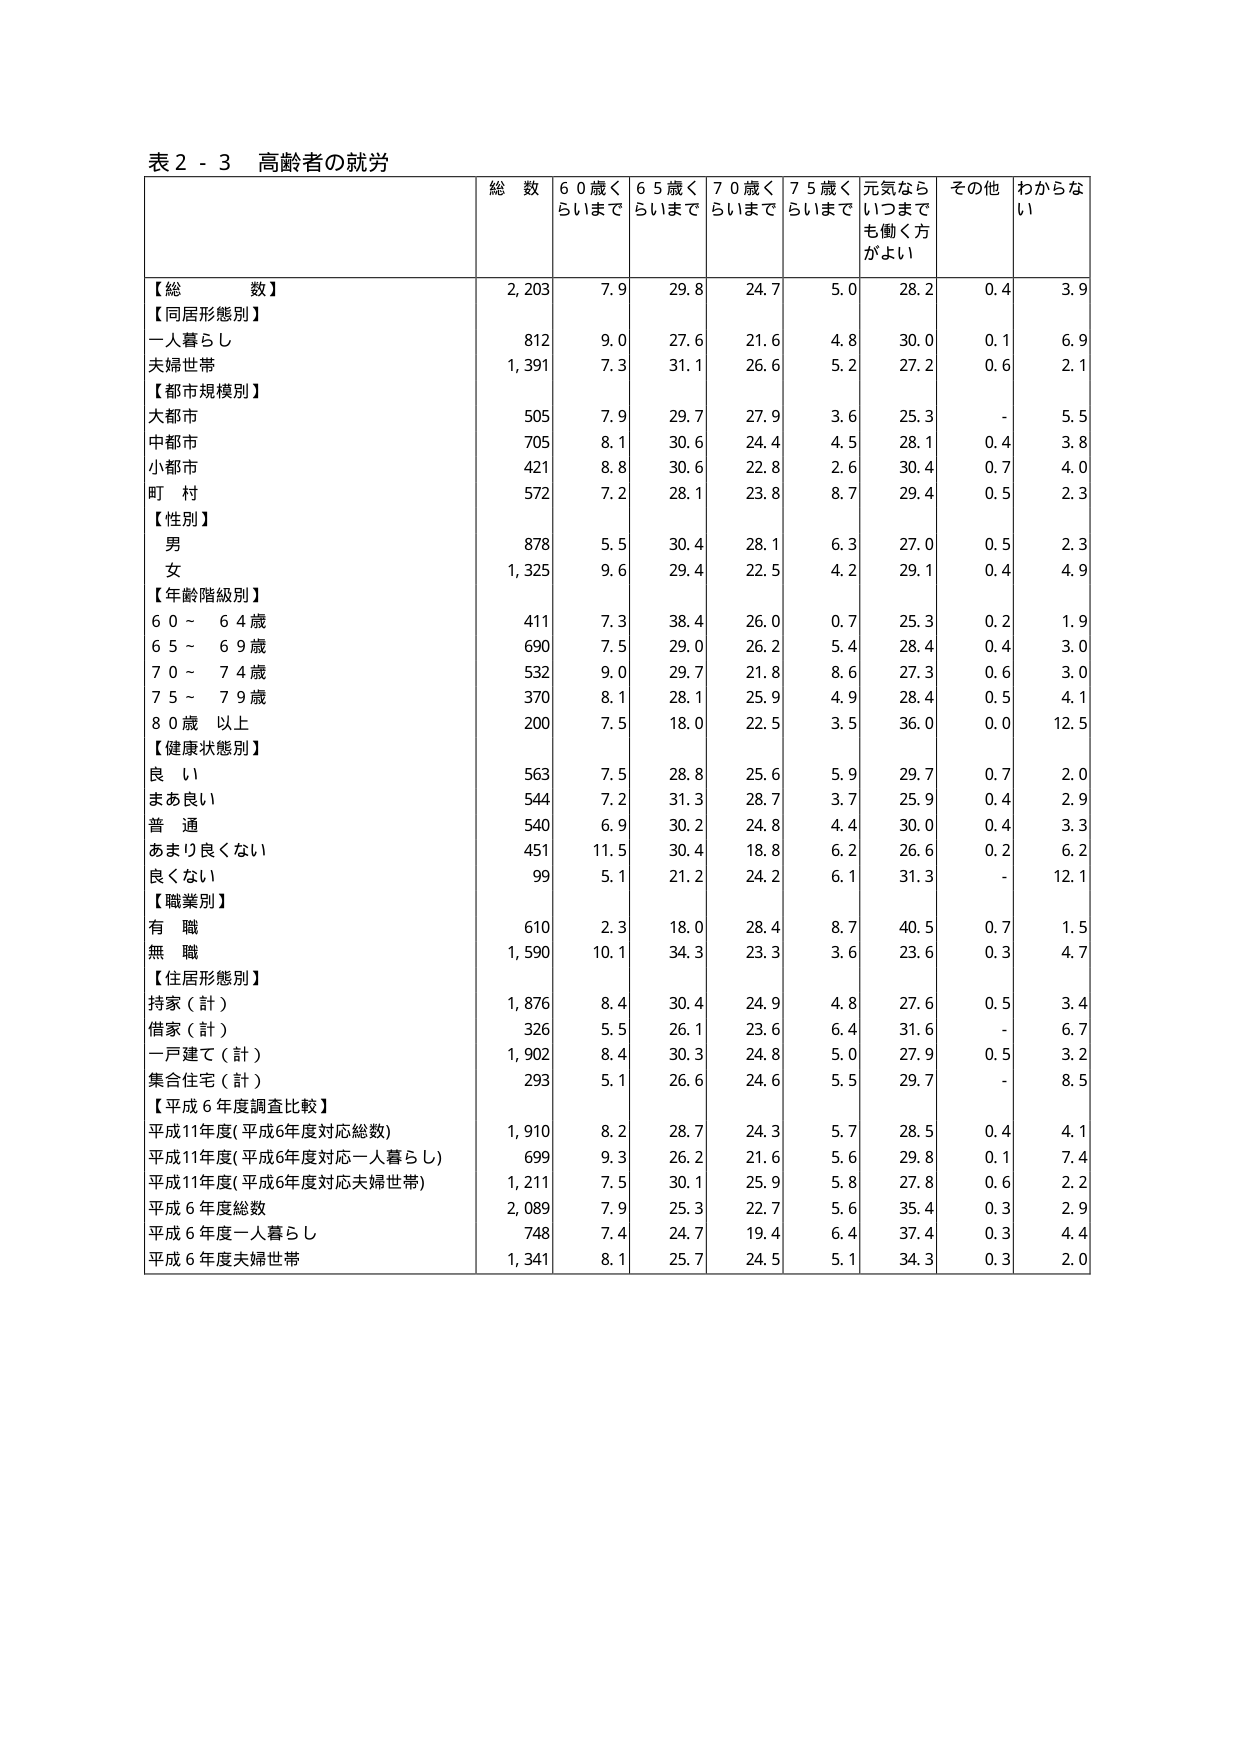
表２－３ 高齢者の就労
総数 ６０歳くらいまで ６５歳くらいまで ７０歳くらいまで ７５歳くらいまで 元気ならいつまでも働く方がよい その他 わからない
【総数】 2,203 7.9 29.8 24.7 5.0 28.2 0.4 3.9
【同居形態別】
一人暮らし 812 9.0 27.6 21.6 4.8 30.0 0.1 6.9
夫婦世帯 1,391 7.3 31.1 26.6 5.2 27.2 0.6 2.1
【都市規模別】
大都市 505 7.9 29.7 27.9 3.6 25.3 - 5.5
中都市 705 8.1 30.6 24.4 4.5 28.1 0.4 3.8
小都市 421 8.8 30.6 22.8 2.6 30.4 0.7 4.0
町村 572 7.2 28.1 23.8 8.7 29.4 0.5 2.3
【性別】
男 878 5.5 30.4 28.1 6.3 27.0 0.5 2.3
女 1,325 9.6 29.4 22.5 4.2 29.1 0.4 4.9
【年齢階級別】
６０－６４歳 411 7.3 38.4 26.0 0.7 25.3 0.2 1.9
６５－６９歳 690 7.5 29.0 26.2 5.4 28.4 0.4 3.0
７０－７４歳 532 9.0 29.7 21.8 8.6 27.3 0.6 3.0
７５－７９歳 370 8.1 28.1 25.9 4.9 28.4 0.5 4.1
８０歳以上 200 7.5 18.0 22.5 3.5 36.0 0.0 12.5
【健康状態別】
良い 563 7.5 28.8 25.6 5.9 29.7 0.7 2.0
まあ良い 544 7.2 31.3 28.7 3.7 25.9 0.4 2.9
普通 540 6.9 30.2 24.8 4.4 30.0 0.4 3.3
あまり良くない 451 11.5 30.4 18.8 6.2 26.6 0.2 6.2
良くない 99 5.1 21.2 24.2 6.1 31.3 - 12.1
【職業別】
有職 610 2.3 18.0 28.4 8.7 40.5 0.7 1.5
無職 1,590 10.1 34.3 23.3 3.6 23.6 0.3 4.7
【住居形態別】
持家（計） 1,876 8.4 30.4 24.9 4.8 27.6 0.5 3.4
借家（計） 326 5.5 26.1 23.6 6.4 31.6 - 6.7
一戸建て（計） 1,902 8.4 30.3 24.8 5.0 27.9 0.5 3.2
集合住宅（計） 293 5.1 26.6 24.6 5.5 29.7 - 8.5
【平成６年度調査比較】
平成11年度（平成6年度対応総数） 1,910 8.2 28.7 24.3 5.7 28.5 0.4 4.1
平成11年度（平成6年度対応一人暮らし） 699 9.3 26.2 21.6 5.6 29.8 0.1 7.4
平成11年度（平成6年度対応夫婦世帯） 1,211 7.5 30.1 25.9 5.8 27.8 0.6 2.2
平成６年度総数 2,089 7.9 25.3 22.7 5.6 35.4 0.3 2.9
平成６年度一人暮らし 748 7.4 24.7 19.4 6.4 37.4 0.3 4.4
平成６年度夫婦世帯 1,341 8.1 25.7 24.5 5.1 34.3 0.3 2.0